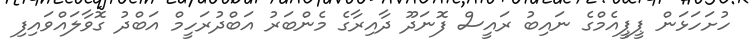
ހުށަހަޅަން ޕީޕީއެމްގެ ނައިބު ރައީސް ފޮނަދޫ ދާއިރާގެ މެންބަރު އަބްދުރަހީމް އަބްދު ގޮވާލައްވައިފި